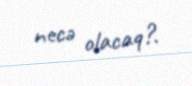
necə olacaq?.